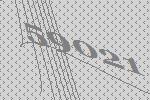
59021